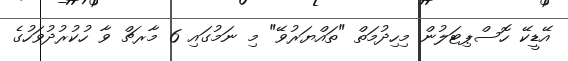
އޭޑީކޭ ހޮސްޕިޓަލުން މިހިދުމަތް "ތައްޔަރުވޭ" މި ނަމުގައި 6 މާރޗް ވާ ހުކުރުދުވަހުގެ